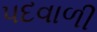
પદવાળી